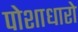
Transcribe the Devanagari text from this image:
पोशाधारो